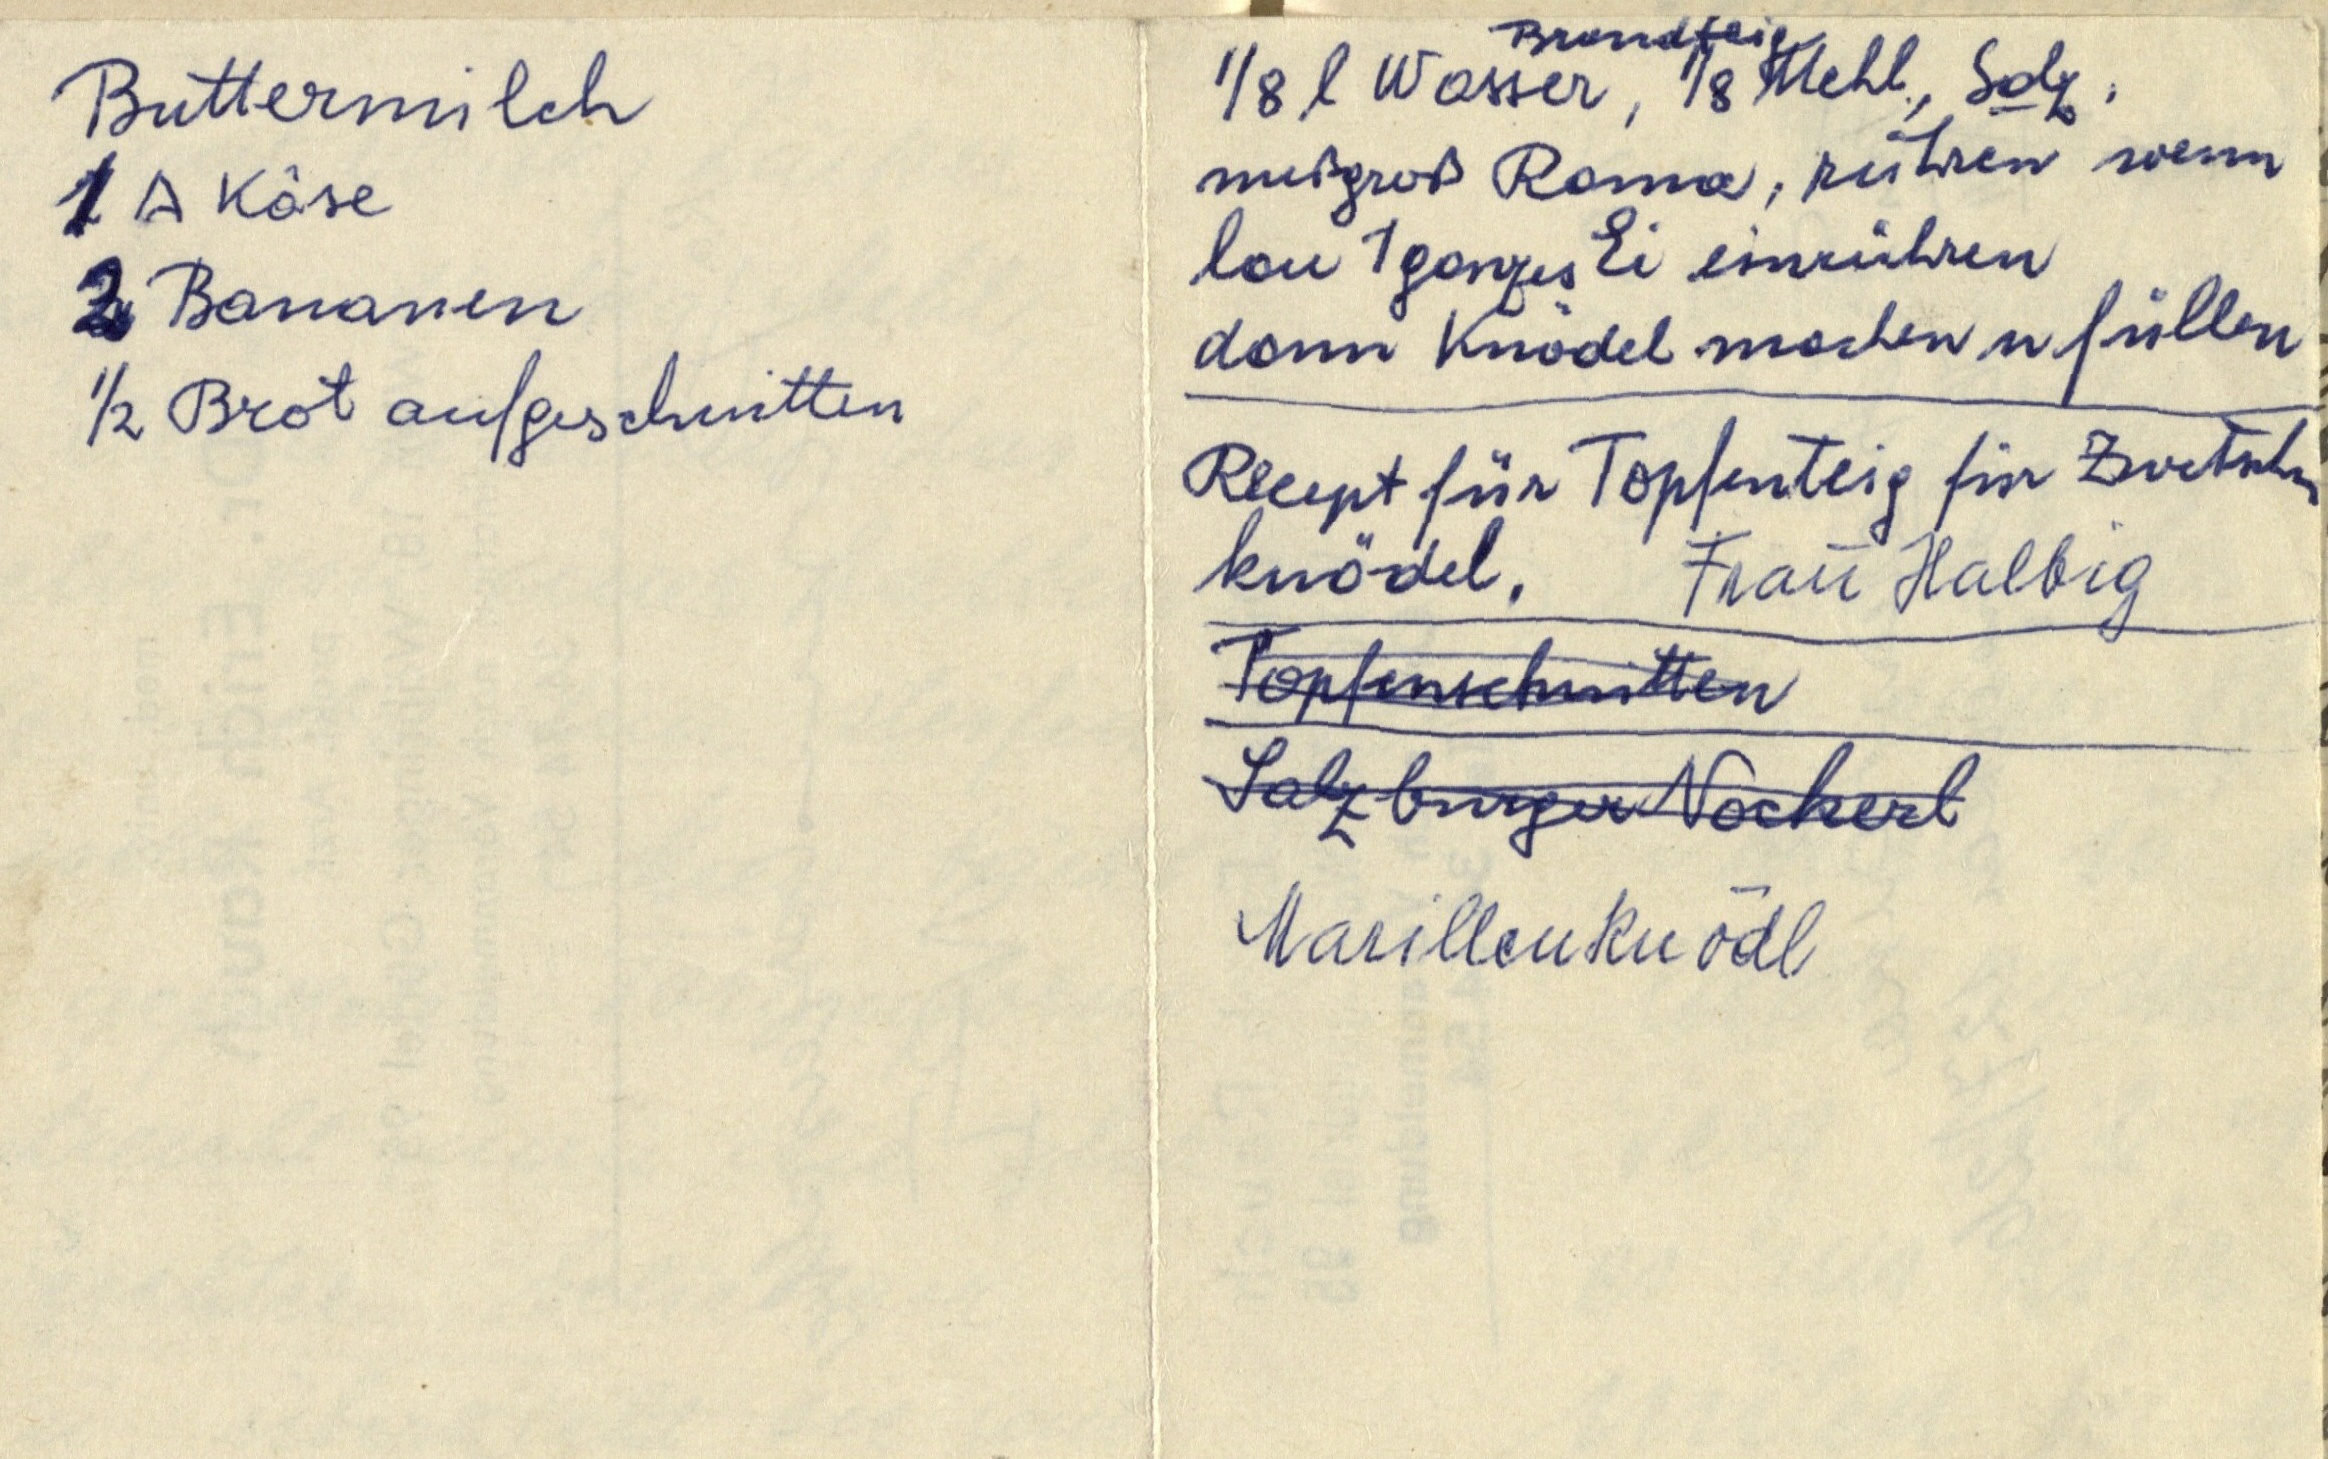
Buttermilch
1 Δ Käse
2 Bananen
½ Brot aufgeschnitten

Brandteig
⅛ l Wasser, ⅛ Mehl, Salz,
nußgroß Rama, rühren wenn
lau 1 ganzes Ei einrühren
dann Knödel machen u füllen.
Rezept für Topfenteig für Zwetschken¬
knödel. Frau Halbig
Topfenschnitten
Salzburger Nockerl
Marillenknödel